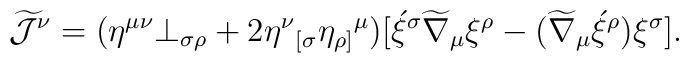
\widetilde{\cal J}^{\nu} = (\eta^{\mu\nu} \bot_{\sigma\rho} +2 \eta^{\nu} {_{[\sigma}} \eta_{\rho ]} {^{\mu}})[\acute{\xi}^{\sigma} \widetilde{\nabla}_{\mu} \xi^{\rho} -(\widetilde{\nabla}_{\mu} \acute{\xi}^{\rho}) \xi^{\sigma}].